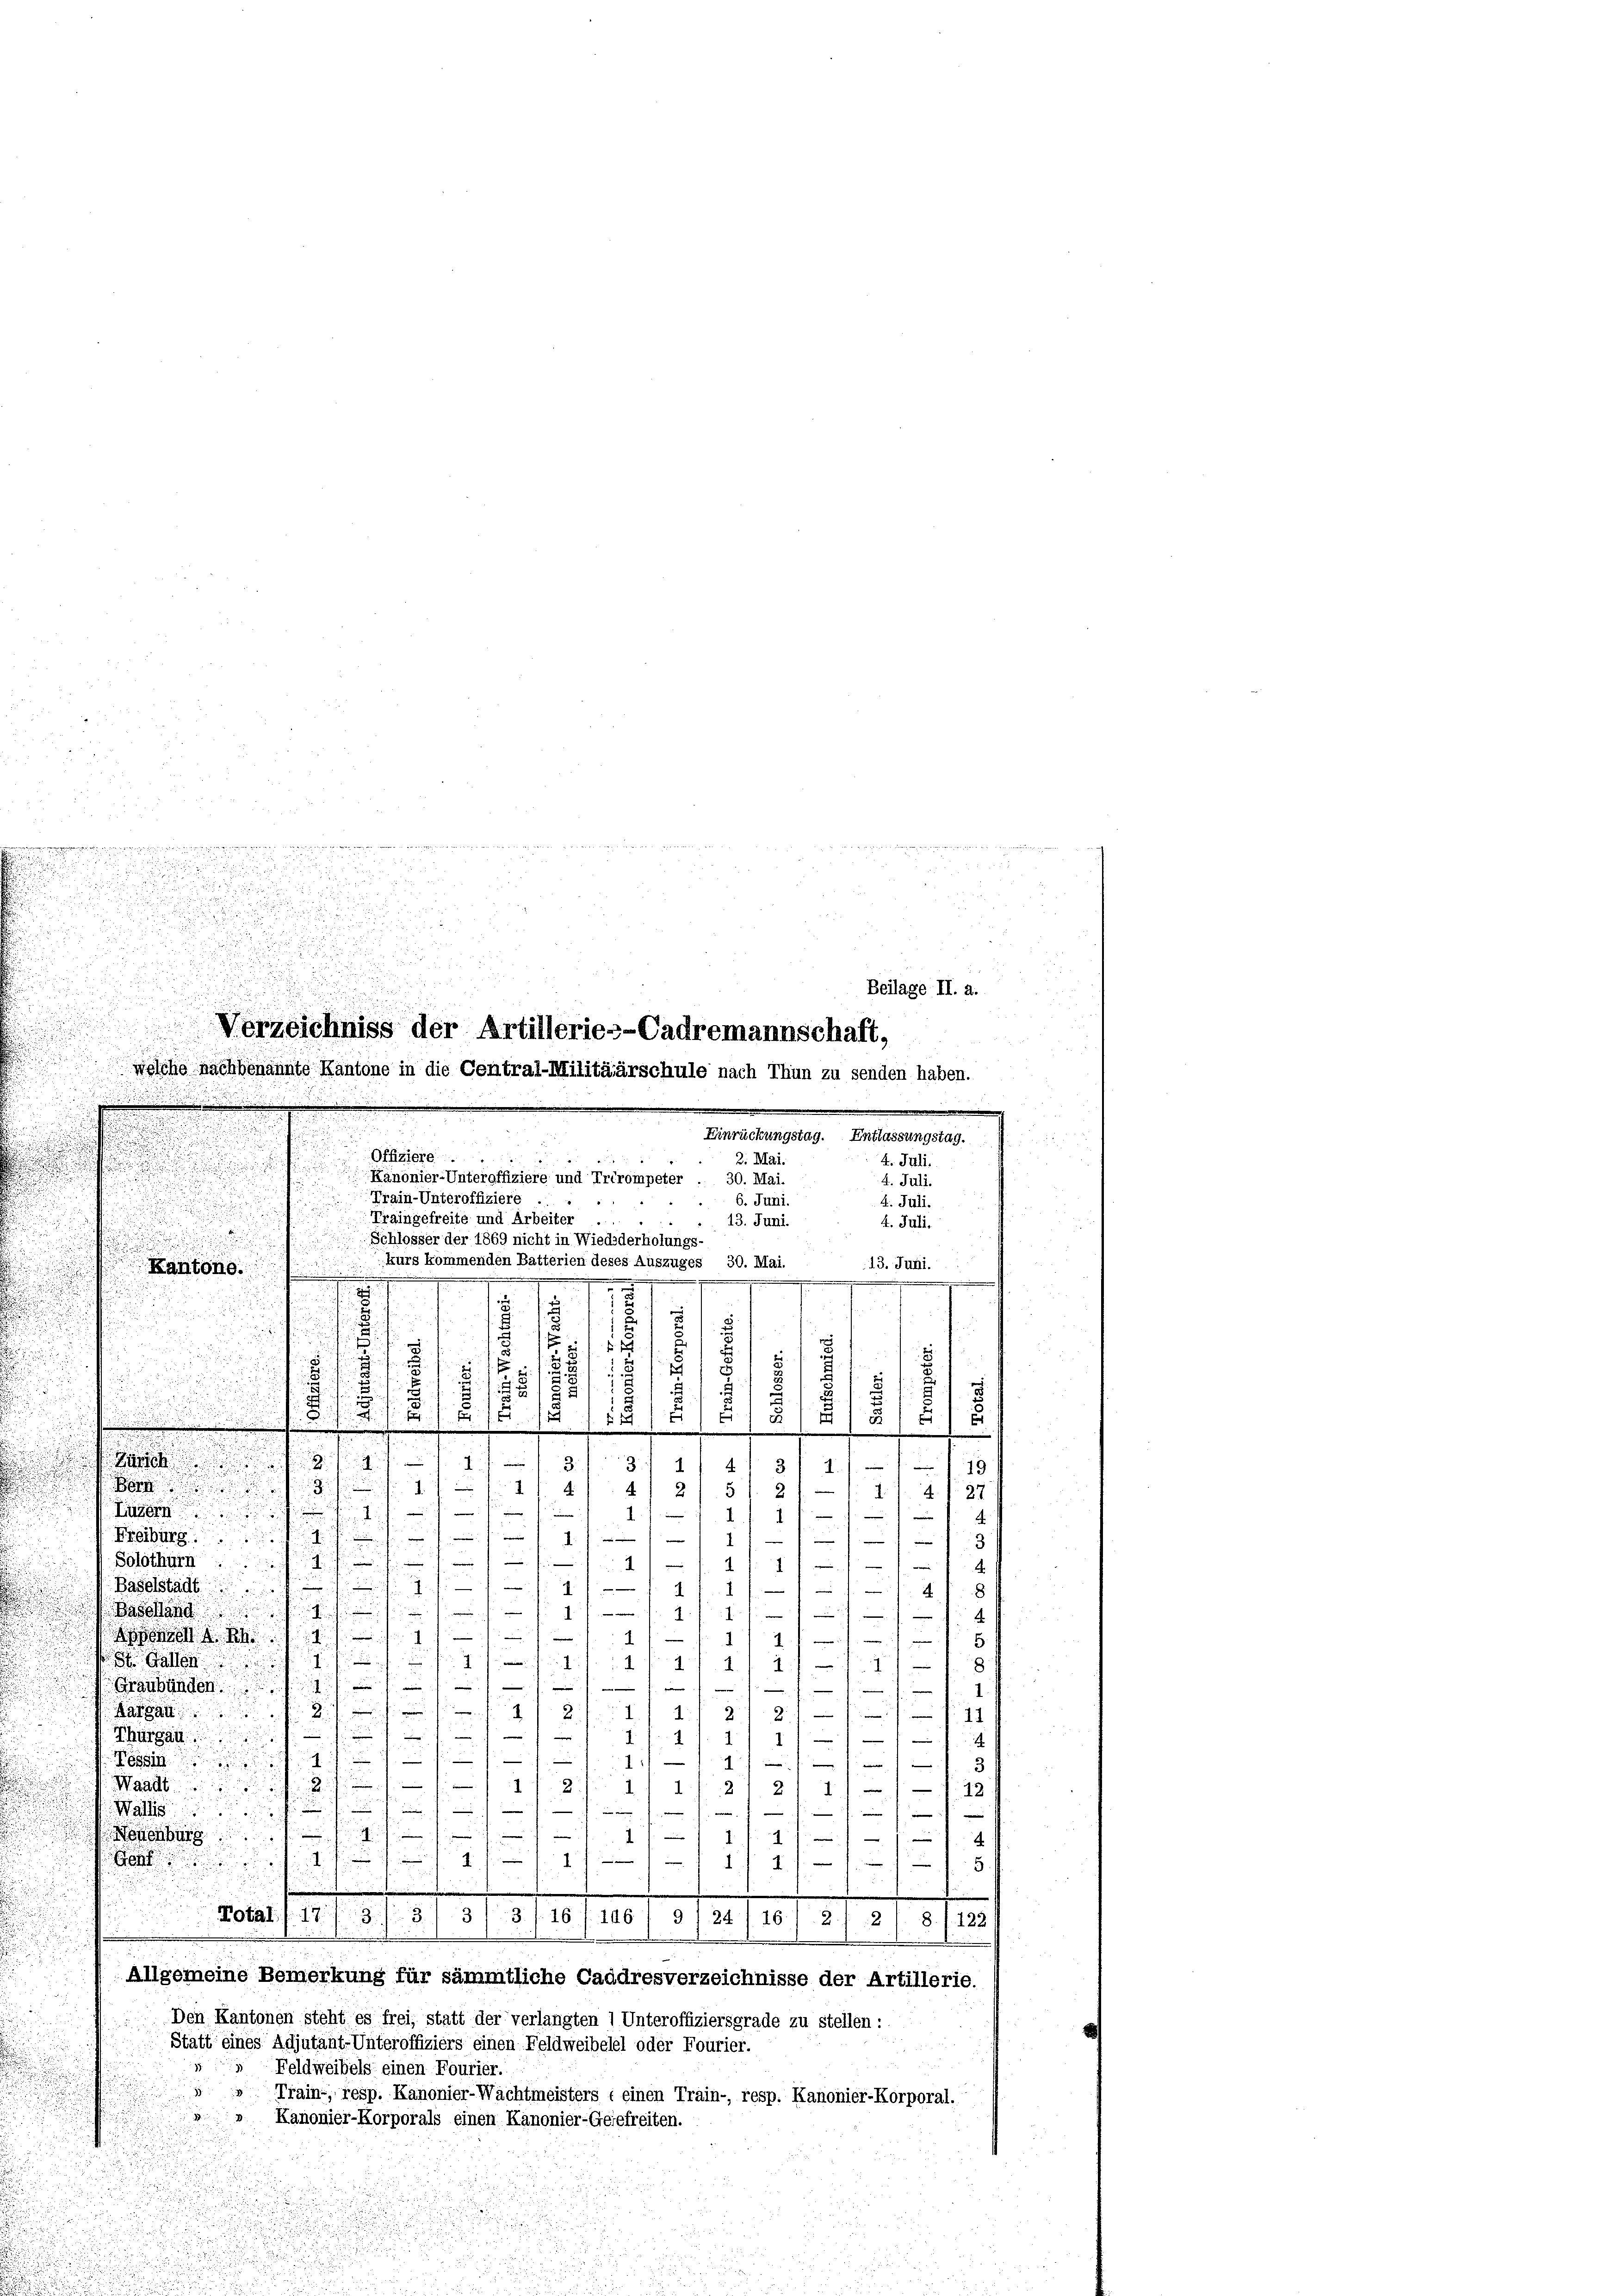
e

8
1
g
1
3
3
.
9
15
¬

4
5
14
2
i
 Luzern
—
e
1
.
i

e
Freiburg
e

—
.
1
 53
e
Solothurn
u
4.
d
t

—
Baselstadt
¬
.
—
8
.

a

4
f

Band
232.
.
n
m
 A. B
s
5.
s
.
3
St. Gallen
e
.
n
h

1.
Graubünden.
e
—
.

11
Kathau
2.
1
e
m
i

e
Thurgau
5

.
1:1
4
d
e
 Tessin
a
e
2
f
2
Waadt
1
—
d
1
12
2
i

e
Mal

 7. eine
e
e

e
e
e
enburg

7
.

—
.
.
a
1
1
1
s
.
Total, 17/3/3/ 31 3/16 (1461 § 124) 161 2/2 / 8. 1122)
Allgemeine Bemerkung für sämmtliche Caddresverzeichnisse der Artillerie.
Den Kantonen steht es frei, statt der verlangten 1 Unteroffiziersgrade zu stellen:
Statt eines Adjutant-Unteroffiziers einen Feldweibelel oder Fourier.
Feldweibels einen Fourier.
Train, resp. Kanonier-Wachtmeisters : einen Train- resp. Kanonier-Korporal.
Kanonier-Korporals einen Kanonier-Geiefreiten.
21.
2

2
Beilage II. a.
Verzeichniss der Artillerie--Cadremannschaft,

welche nachbenannte Kantone in die Central-Militäärschule nach Thun zu senden haben.
Einrückungstag. Entlassungstag.
Offiziere.
3. Mai.
4. Juli.
Kanonier-Unteroffiziere und Trérompeter . 30. Mai.
4. Juli.
Train-Unteroffiziere .
6. Juni.
4. Juli.

Traingefreite und Arbeiter ...
.
13. Juni.
4. Juli.
Schlosser der 1869 nicht in Wiediderholungs-
kurs kommenden Batterien deses Auszuges 30. Mai.
13. Juni.
Kantone.
e
.
e
weinen machen
s
e
17
s
f
s
2. s. z.
.
5
7
1
.
5
f
n
w
.
|
e
e
.
e

.
e